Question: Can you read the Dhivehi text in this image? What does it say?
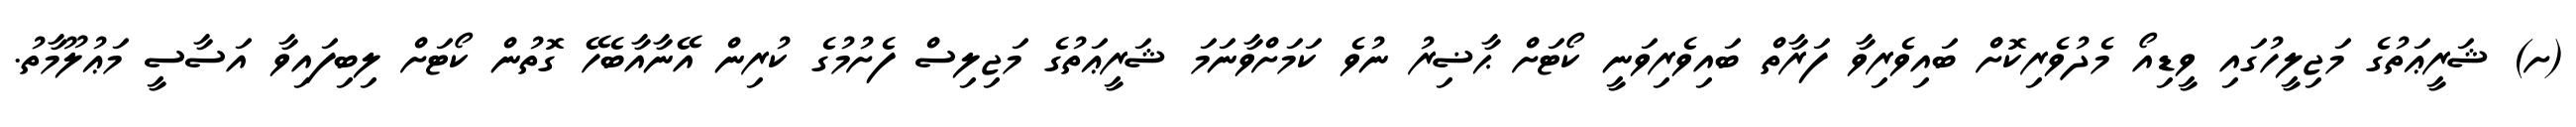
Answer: (ށ) ޝަރީޢަތުގެ މަޖިލީހުގައި ވީޑިއޯ މެދުވެރިކޮށް ބައިވެރިވާ ފަރާތް ބައިވެރިވަނީ ކޯޓަށް ޙާޟިރު ނުވެ ކަމަށްވާނަމަ ޝަރީޢަތުގެ މަޖިލިސް ފެށުމުގެ ކުރިން އޭނާއާބެހޭ ގޮތުން ކޯޓަށް ލިބިފައިވާ އަސާސީ މަޢުލޫމާތު.